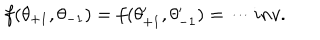
f ( \theta _ { + 1 } , \theta _ { - 1 } ) = f ( \theta _ { + 1 } ^ { \prime } , \theta _ { - 1 } ^ { \prime } ) = \cdots i n v .